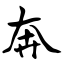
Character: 奔